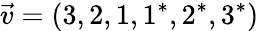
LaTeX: \vec{v}=(3,2,1,1^{*},2^{*},3^{*})